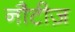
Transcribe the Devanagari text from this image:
नौटीज़